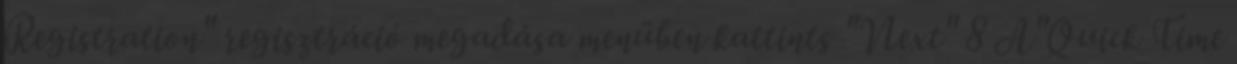
Registration" regisztráció megadása menüben kattints "Next" 8 A"Quick Time